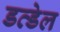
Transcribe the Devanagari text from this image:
डव्डेल